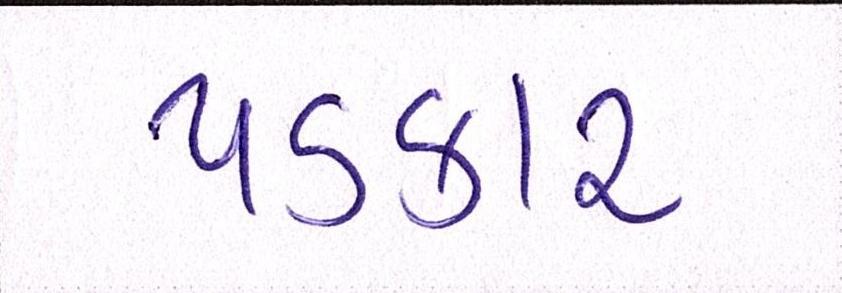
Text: પડકાર